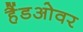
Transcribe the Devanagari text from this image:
हैंडओवर